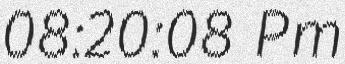
08:20:08 Pm